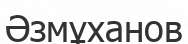
Әзмұханов